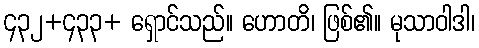
၄၃၂+၄၃၃+ ရှောင်သည်။ ဟောတိ၊ ဖြစ်၏။ မုသာဝါဒါ၊